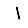
Digit: 1